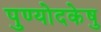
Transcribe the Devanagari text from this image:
पुण्योदकेषु